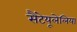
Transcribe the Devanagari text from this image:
सैंटेयूलेलिया